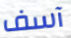
آسف